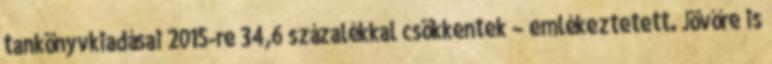
tankönyvkiadásai 2015-re 34,6 százalékkal csökkentek – emlékeztetett. Jövőre is